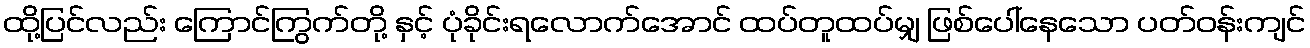
ထို့ပြင်လည်း ကြောင်ကြွက်တို့ နှင့် ပုံခိုင်းရလောက်အောင် ထပ်တူထပ်မျှ ဖြစ်ပေါ်နေသော ပတ်ဝန်းကျင်